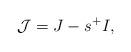
LaTeX: \begin{align*}\mathcal{J}=J-s^{+}I,\end{align*}